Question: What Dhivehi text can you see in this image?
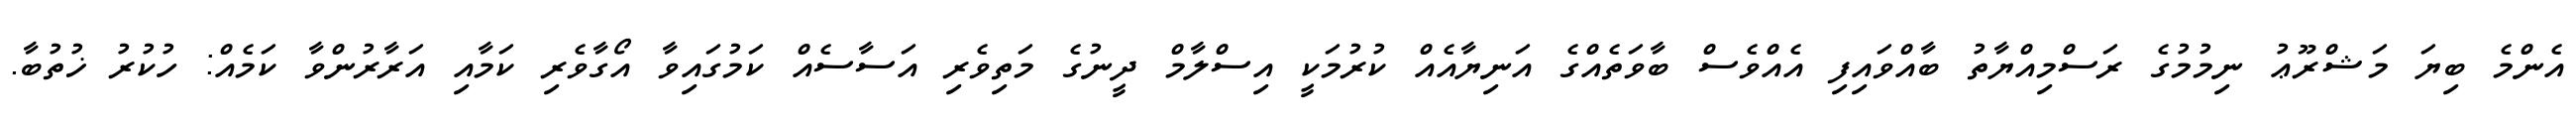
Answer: އެންމެ ބިޔަ މަޝްރޫޢު ނިމުމުގެ ރަސްމިއްޔާތު ބާއްވައިފި އެއްވެސް ބާވަތެއްގެ އަނިޔާއެއް ކުރުމަކީ އިސްލާމް ދީނުގެ މަތިވެރި އަސާސެއް ކަމުގައިވާ އޯގާވެރި ކަމާއި އަރާރުންވާ ކަމެއް: ހުކުރު ޚުތުބާ.